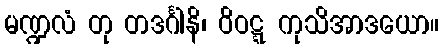
မဏ္ဍလံ တု တဒင်္ဂါနိ၊ ဝိဝဋ္ဋ ကုသိအာဒယော။